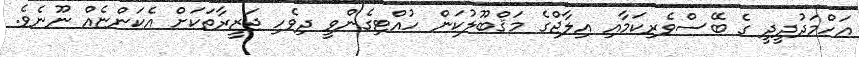
އަހްމަދުދީދީ ގެ ބޭސްވެރިކަމާއި އިލާޖްގެ މަޤްބޫލުކަން ހުއްޓިގެންވީ ދިވެހި ޖަޒީރާތަކަށް އެކަންޏެއް ނޫނެވެ.